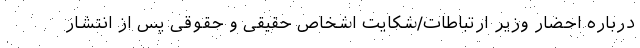
درباره احضار وزیر ارتباطات/شکایت اشخاص حقیقی و حقوقی پس از انتشار